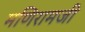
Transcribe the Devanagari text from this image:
मणिरामजी